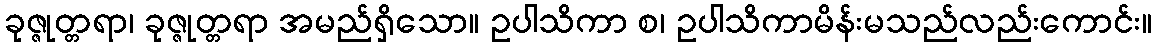
ခုဇ္ဇုတ္တရာ၊ ခုဇ္ဇုတ္တရာ အမည်ရှိသော။ ဥပါသိကာ စ၊ ဥပါသိကာမိန်းမသည်လည်းကောင်း။